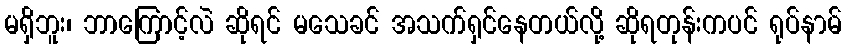
မရှိဘူး၊ ဘာကြောင့်လဲ ဆိုရင် မသေခင် အသက်ရှင်နေတယ်လို့ ဆိုရတုန်းကပင် ရုပ်နာမ်